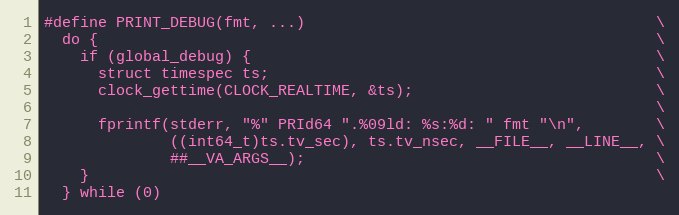
Language: C
#define PRINT_DEBUG(fmt, ...)                                       \
  do {                                                              \
    if (global_debug) {                                             \
      struct timespec ts;                                           \
      clock_gettime(CLOCK_REALTIME, &ts);                           \
                                                                    \
      fprintf(stderr, "%" PRId64 ".%09ld: %s:%d: " fmt "\n",        \
              ((int64_t)ts.tv_sec), ts.tv_nsec, __FILE__, __LINE__, \
              ##__VA_ARGS__);                                       \
    }                                                               \
  } while (0)